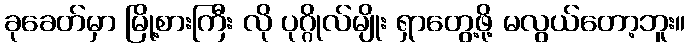
ခုခေတ်မှာ မြို့စားကြီး လို ပုဂ္ဂိုလ်မျိုး ရှာတွေ့ဖို့ မလွယ်တော့ဘူး။